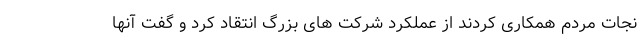
نجات مردم همکاری کردند از عملکرد شرکت های بزرگ انتقاد کرد و گفت آنها